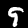
Label: 9